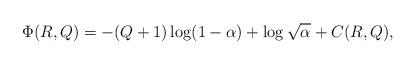
LaTeX: \begin{align*}\Phi(R,Q)=-(Q+1)\log(1-\alpha)+\log\sqrt\alpha+C(R,Q),\end{align*}